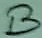
Text: B